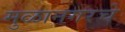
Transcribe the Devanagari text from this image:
मुळानगरचे